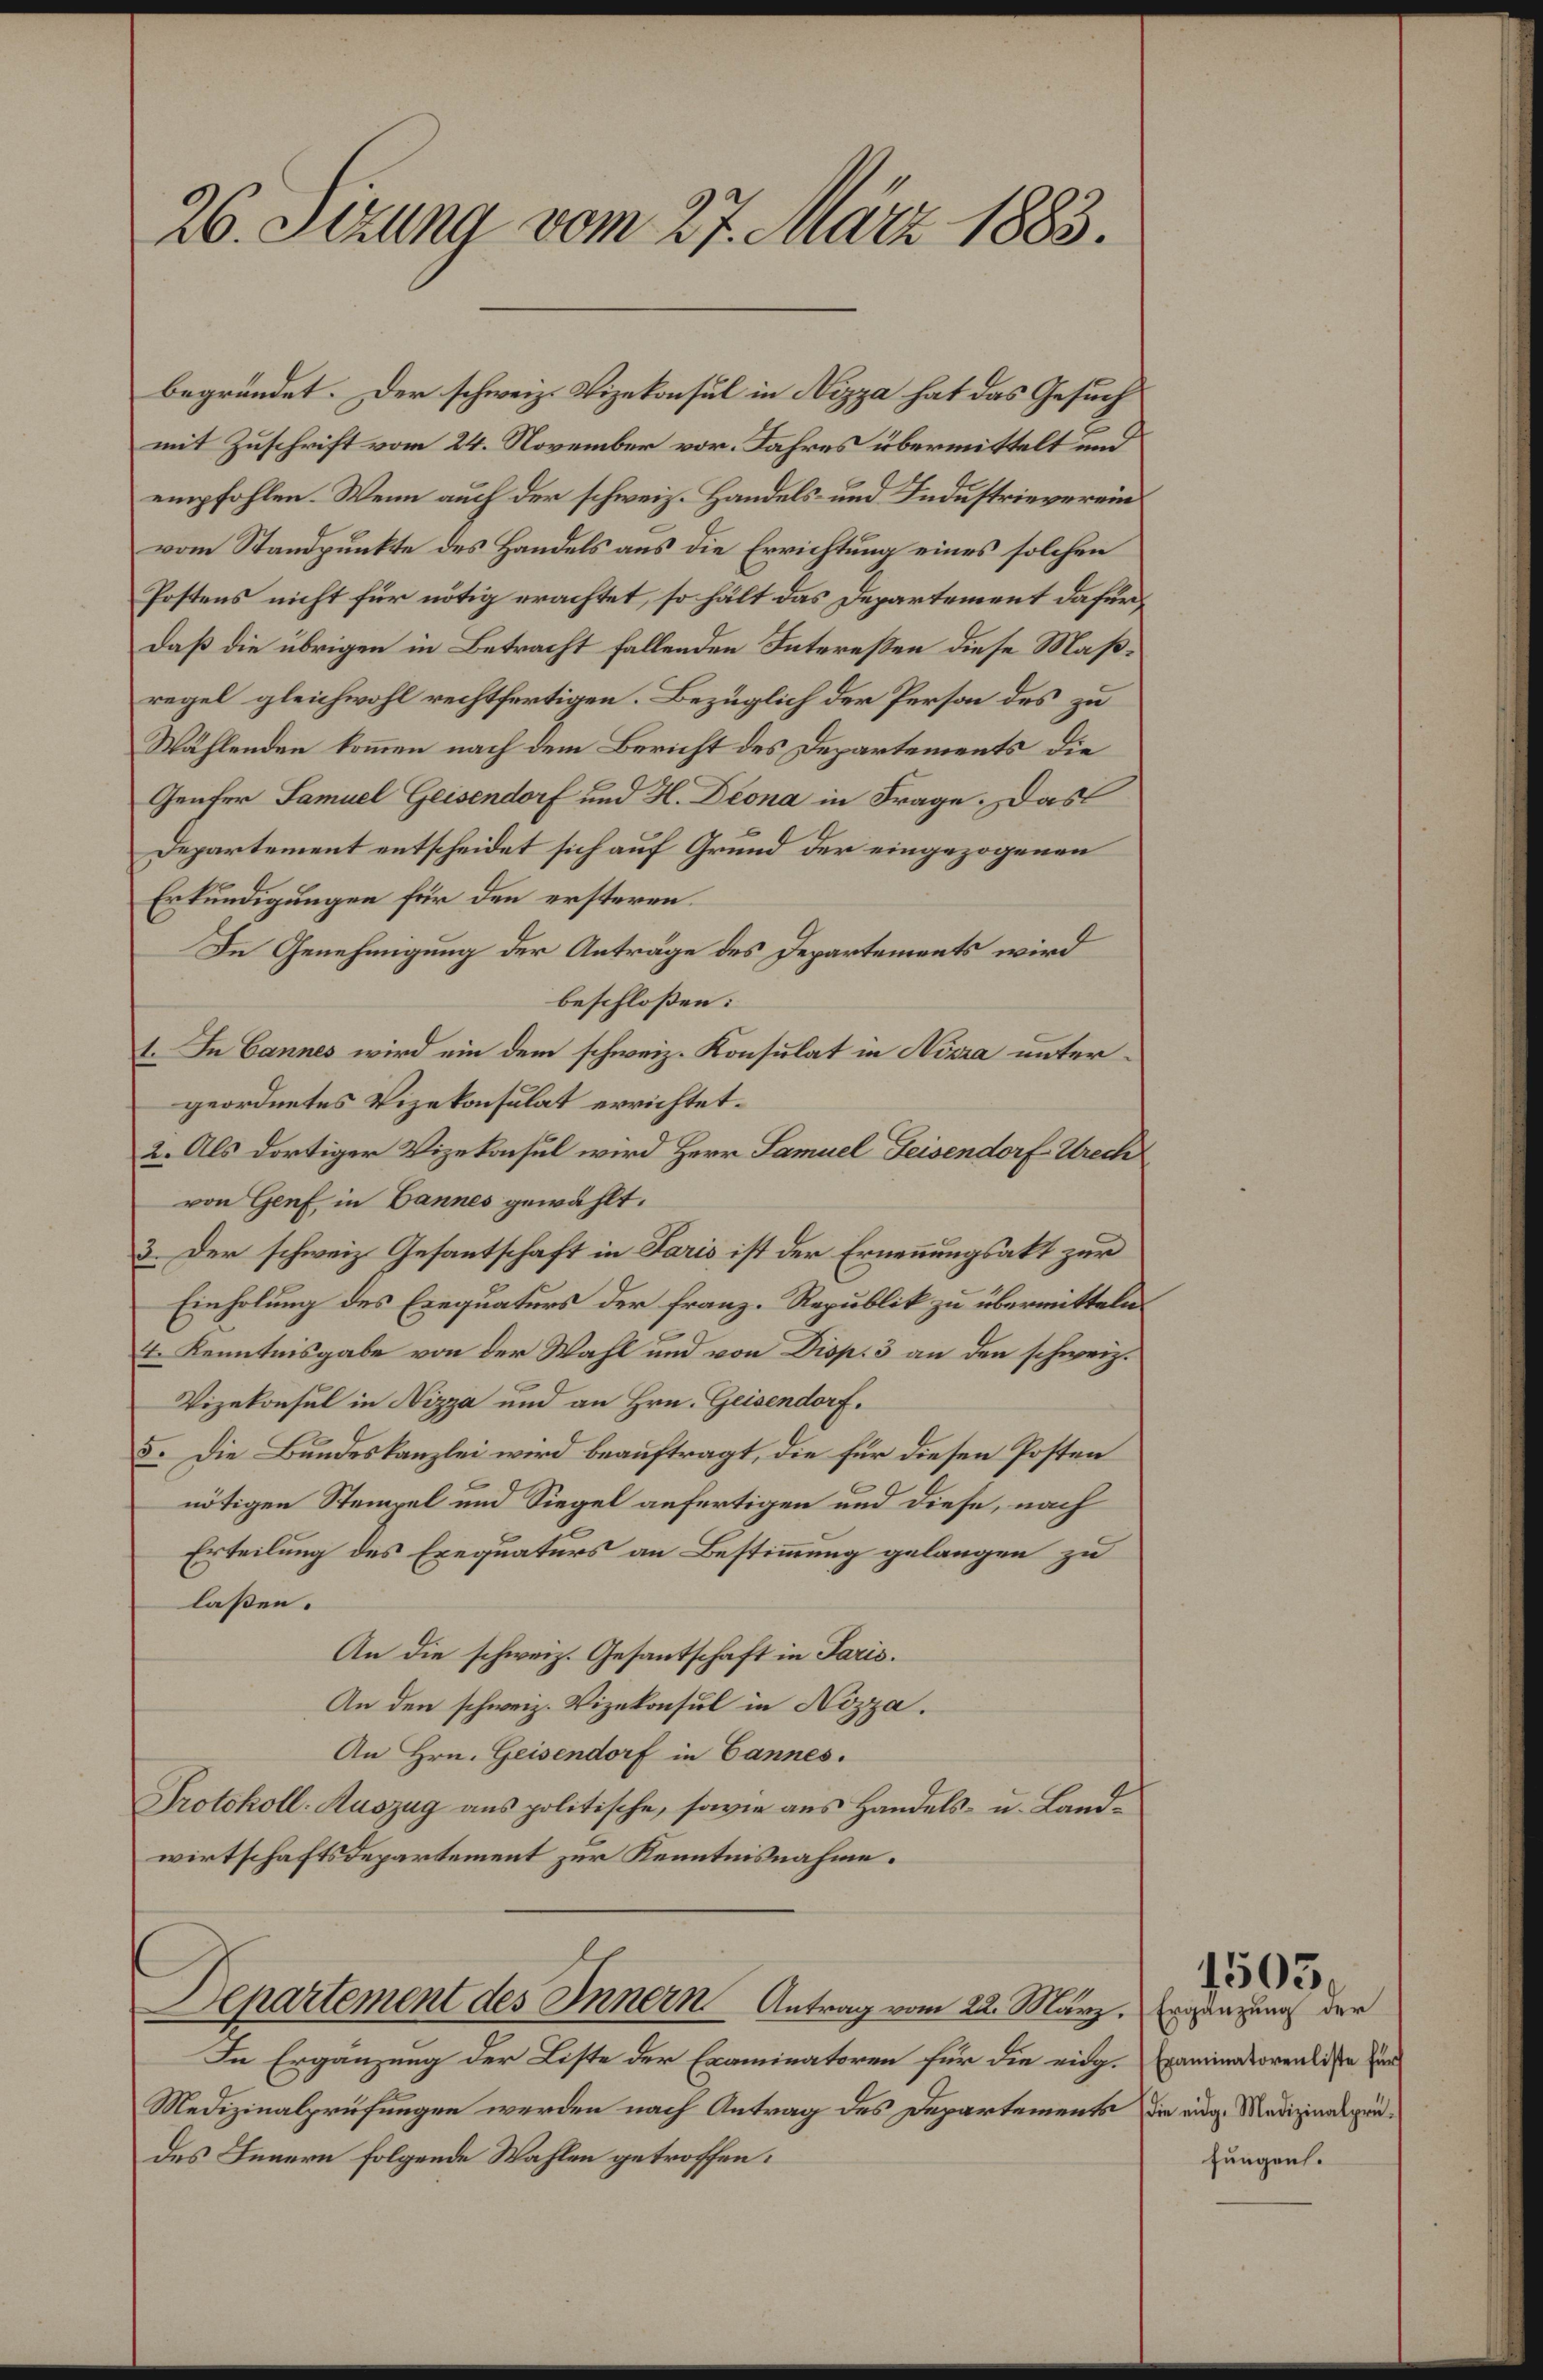
26. Sizung vom 27. März 1883.

begründet. Der schweiz. Vizekonsul in Nizza hat das Gesuch
mit Zuschrift vom 24. November vor. Jahres übermittelt und
empfohlen. Wenn auch der schweiz. Handels- und Industrieverein
vom Standpunkte des Handels aus die Errichtung eines solchen
Postens nicht für nötig erachtet, so hält das Departement dafür,
daß die übrigen in Betracht fallenden Intereßen diese Maßregel gleichwohl rechtfertigen. Bezüglich der Person des zu
Wählenden kommen nach dem Bericht des Departements die
Genfer Samuel Geisendorf und H. Deona in Frage. Das
Departement entscheidet sich auf Grund der eingezogenen
Erkundigungen für den ersteren
In Genehmigung der Anträge des Departements wird
beschloßen:
1. In Cannes wird ein dem schweiz. Konsulat in Nizza untergeordnetes Vizekonsulat errichtet:
2. Als dortiger Vizekonsul wird Herr Samuel Feisendorf Wrech
von Genf in Bannes gewählt.
3. Der schweiz. Gesantschaft in Paris ist der Ernennungsakt zur
Einholung des Exequaturs der franz. Republik zu übermitteln.
I. Kenntnisgabe von der Wahl und von Disp. 3 an den schweiz.
Vizekonsul in Nizza und an Hrn. Geisendorf.
5. Die Bundeskanzlei wird beauftragt, die für diesen Posten
nötigen Stempel und Siegel anfertigen und diese, nach
Erteilung des Exequaturs an Bestimmung gelangen zu
laßen.
An die schweiz. Gesantschaft in Paris.
An den schweiz. Vizekonsul in Nizza.
An Hrn. Geisendorf in Cannes.
Protokoll-Auszug aus politische, sowie aus Handels- u. Landwirtschaftsdepartement zur Kenntnisnahme.
Departement des Innern Antrag vom 22. März, Ergänzung der
In Ergänzung der Liste der Examinatoren für die eidg-Examinatorenliste zur
Medizinalprüfungen werden nach Antrag des Departements die eige Medizinalsprüdes Innern folgende Wahlen getroffen.

fungen.

1503.